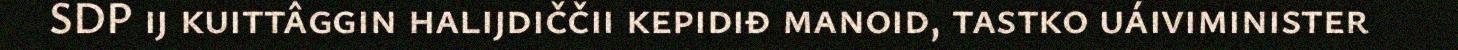
SDP ij kuittâggin halijdiččii kepidiđ manoid, tastko uáiviminister